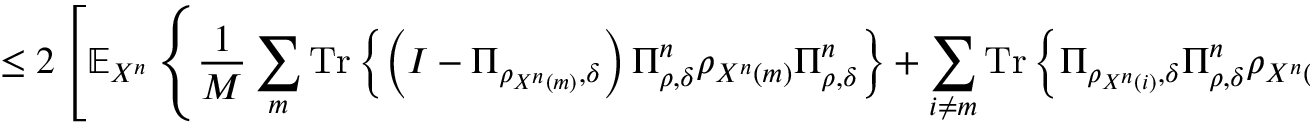
\leq 2 \left[ \mathbb { E } _ { X ^ { n } } \left\{ { \frac { 1 } { M } } \sum _ { m } { \mathrm { T r } } \left\{ \left( I - \Pi _ { \rho _ { X ^ { n } \left( m \right) } , \delta } \right) \Pi _ { \rho , \delta } ^ { n } \rho _ { X ^ { n } \left( m \right) } \Pi _ { \rho , \delta } ^ { n } \right\} + \sum _ { i \neq m } { \mathrm { T r } } \left\{ \Pi _ { \rho _ { X ^ { n } \left( i \right) } , \delta } \Pi _ { \rho , \delta } ^ { n } \rho _ { X ^ { n } \left( m \right) } \Pi _ { \rho , \delta } ^ { n } \right\} \right\} \right] ^ { 1 / 2 } ,